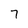
Character: 7